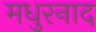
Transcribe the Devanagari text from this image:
मधुरनाद